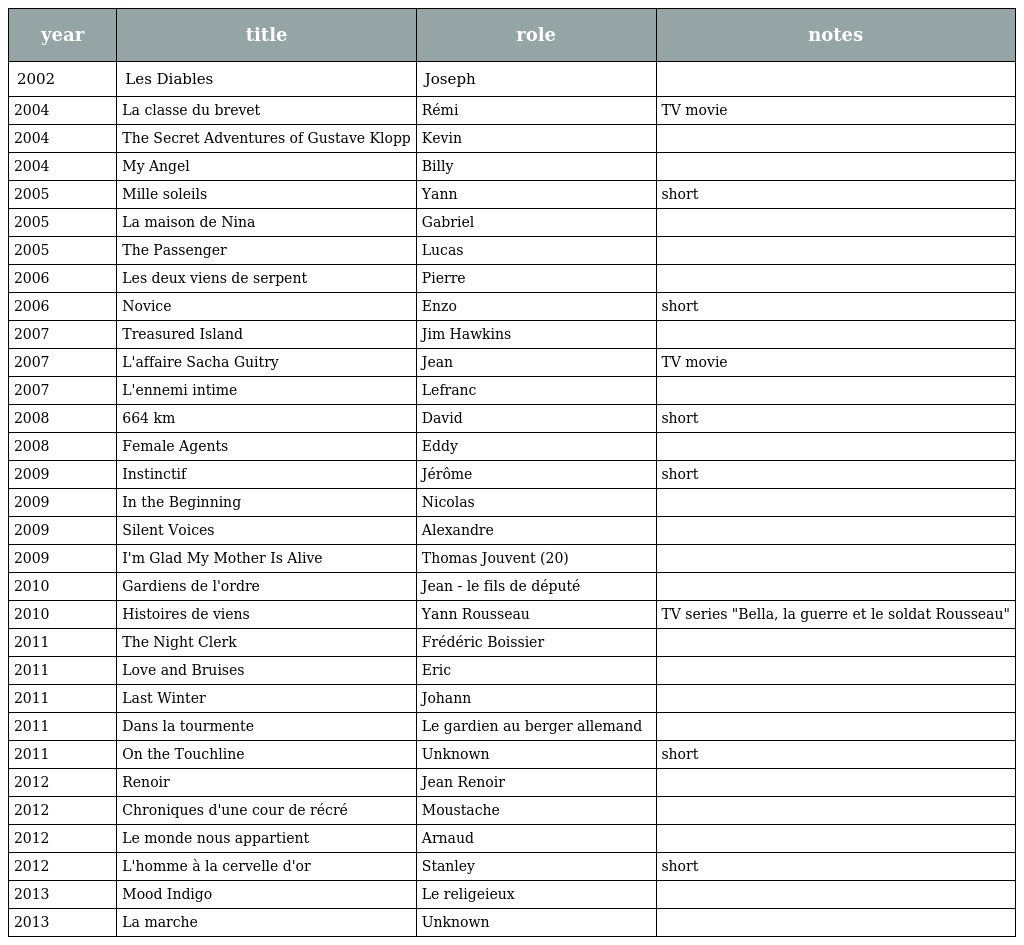
| year | title | role | notes |
 | --- | --- | --- | --- |
 | 2002 | Les Diables | Joseph |  |
 | 2004 | La classe du brevet | Rémi | TV movie |
 | 2004 | The Secret Adventures of Gustave Klopp | Kevin |  |
 | 2004 | My Angel | Billy |  |
 | 2005 | Mille soleils | Yann | short |
 | 2005 | La maison de Nina | Gabriel |  |
 | 2005 | The Passenger | Lucas |  |
 | 2006 | Les deux viens de serpent | Pierre |  |
 | 2006 | Novice | Enzo | short |
 | 2007 | Treasured Island | Jim Hawkins |  |
 | 2007 | L'affaire Sacha Guitry | Jean | TV movie |
 | 2007 | L'ennemi intime | Lefranc |  |
 | 2008 | 664 km | David | short |
 | 2008 | Female Agents | Eddy |  |
 | 2009 | Instinctif | Jérôme | short |
 | 2009 | In the Beginning | Nicolas |  |
 | 2009 | Silent Voices | Alexandre |  |
 | 2009 | I'm Glad My Mother Is Alive | Thomas Jouvent (20) |  |
 | 2010 | Gardiens de l'ordre | Jean - le fils de député |  |
 | 2010 | Histoires de viens | Yann Rousseau | TV series "Bella, la guerre et le soldat Rousseau" |
 | 2011 | The Night Clerk | Frédéric Boissier |  |
 | 2011 | Love and Bruises | Eric |  |
 | 2011 | Last Winter | Johann |  |
 | 2011 | Dans la tourmente | Le gardien au berger allemand |  |
 | 2011 | On the Touchline | Unknown | short |
 | 2012 | Renoir | Jean Renoir |  |
 | 2012 | Chroniques d'une cour de récré | Moustache |  |
 | 2012 | Le monde nous appartient | Arnaud |  |
 | 2012 | L'homme à la cervelle d'or | Stanley | short |
 | 2013 | Mood Indigo | Le religeieux |  |
 | 2013 | La marche | Unknown |  |